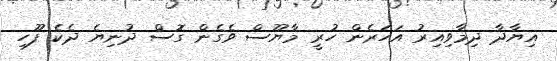
އިޔާދާ ދިމާވިއިރު އަހަރެން ހުރީ މާޔޫސް ވެގެން ގޮސް ދުނިޔެ ދެކެ ފޫހި